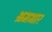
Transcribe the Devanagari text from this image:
श्रमभार